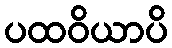
ပထဝိယာပိ